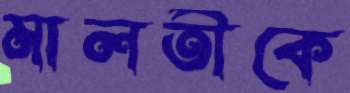
মালতীকে